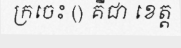
ក្រចេះ () គឺជា ខេត្ត